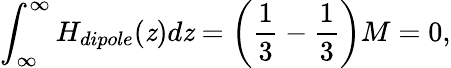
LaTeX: \int_{\infty}^{\infty}H_{dipole}(\mathit{z})d\mathit{z}=\left({\frac{{1}}{{3}}}-{\frac{{1}}{{3}}}\right)M=0,